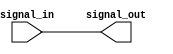
module noninverting_buffer (
    input wire signal_in,
    output reg signal_out
    );
    
    always @ (signal_in)
    begin
        signal_out <= signal_in;
    end
endmodule